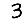
Digit: 3